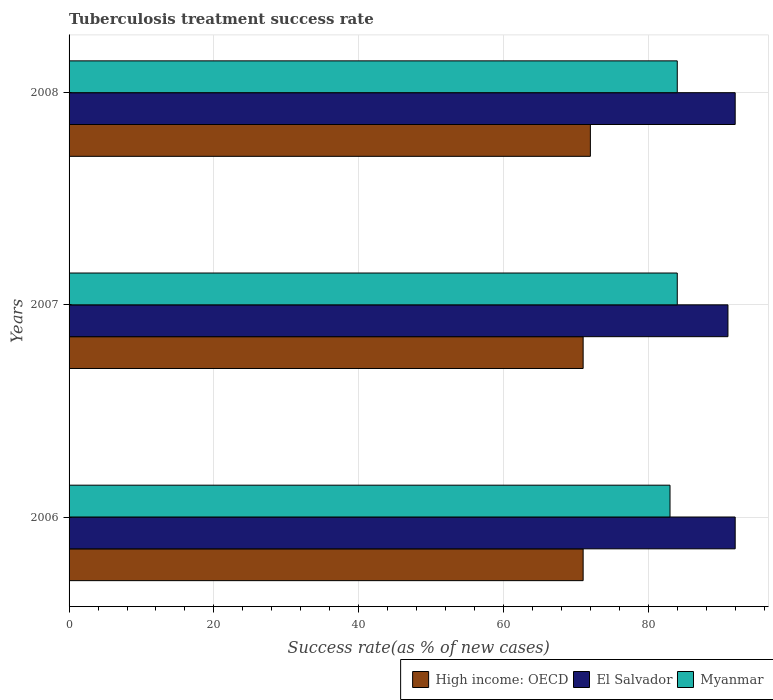
| Years | High income: OECD | El Salvador | Myanmar |
 | --- | --- | --- | --- |
 | 2006 | 71 | 92 | 83 |
 | 2007 | 71 | 91 | 84 |
 | 2008 | 72 | 92 | 84 |